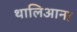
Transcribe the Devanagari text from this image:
थालिआना